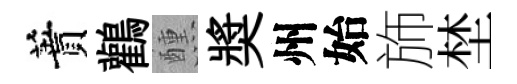
蕡鸛醺奬州始斾埜